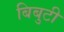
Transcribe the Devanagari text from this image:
बिबुटी